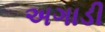
અગાડી